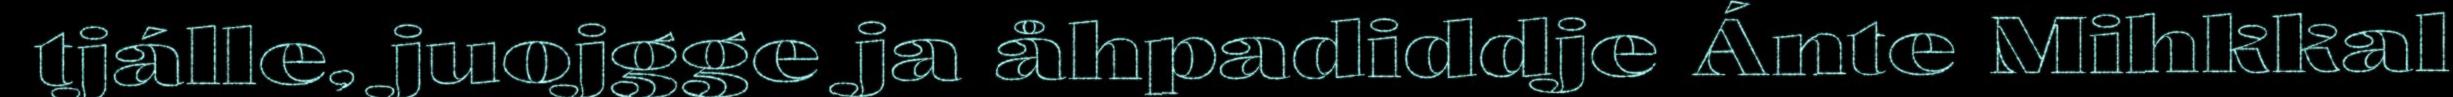
tjálle, juojgge ja åhpadiddje Ánte Mihkkal